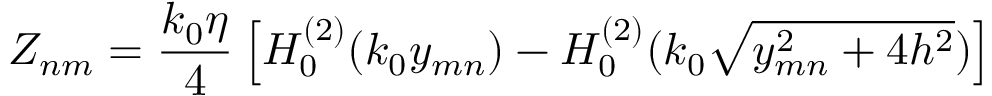
Z _ { n m } = \frac { k _ { 0 } \eta } { 4 } \left[ H _ { 0 } ^ { ( 2 ) } ( k _ { 0 } y _ { m n } ) - H _ { 0 } ^ { ( 2 ) } ( k _ { 0 } \sqrt { y _ { m n } ^ { 2 } + 4 h ^ { 2 } } ) \right]